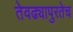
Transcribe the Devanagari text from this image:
तेवढ्यापुरतेच